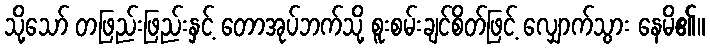
သို့သော် တဖြည်းဖြည်းနှင့် တောအုပ်ဘက်သို့ စူးစမ်းချင်စိတ်ဖြင့် လျှောက်သွား နေမိ၏။